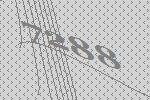
7288